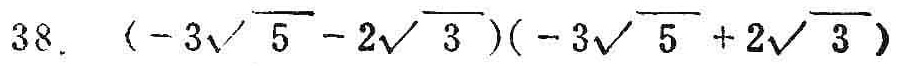
$38.(-3\sqrt{5}-2\sqrt{3})(-3\sqrt{5}+2\sqrt{3})$